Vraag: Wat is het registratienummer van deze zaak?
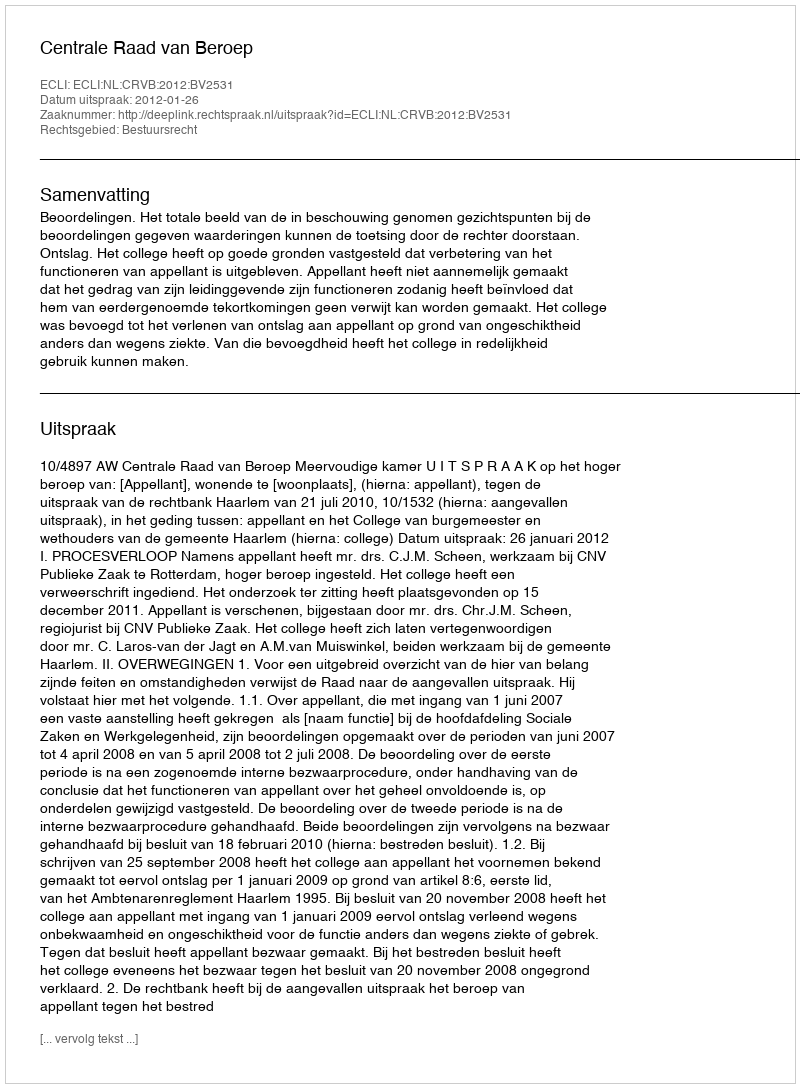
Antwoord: http://deeplink.rechtspraak.nl/uitspraak?id=ECLI:NL:CRVB:2012:BV2531